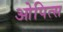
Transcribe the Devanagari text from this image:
ओपित्स